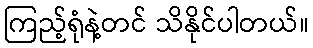
ကြည့်ရုံနဲ့တင် သိနိုင်ပါတယ်။